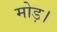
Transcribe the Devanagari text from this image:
मोड़।